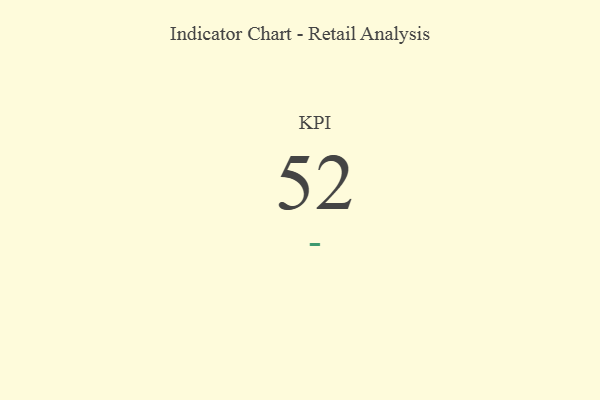
{"axis": {"x": "KPI", "y": "Value"}, "legend": [""], "data": [{"x": "KPI", "y": 52, "type": ""}]}